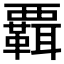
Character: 𧠄